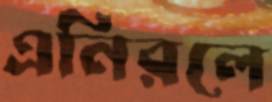
এনিরলে